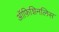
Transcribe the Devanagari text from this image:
ऑफ़िशिनलिस